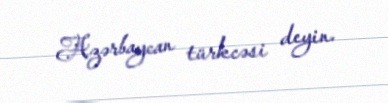
Azərbaycan türkcəsi deyin.